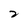
Character: 2